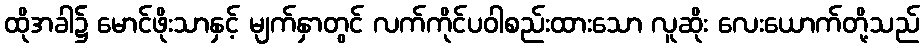
ထိုအခါ၌ မောင်ဖိုးသာနှင့် မျက်နှာတွင် လက်ကိုင်ပဝါစည်းထားသော လူဆိုး လေးယောက်တို့သည်